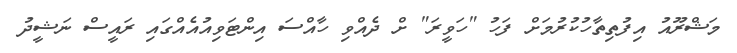
މަޝްރޫއު އިފުތިތާހުކުރުމަށް ފަހު "ހަވީރަ" ށް ދެއްވި ހާއްސަ އިންޓަވިއުއެއްގައި ރައީސް ނަޝީދު